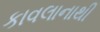
કાવલાનાથી